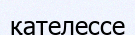
қателессе